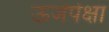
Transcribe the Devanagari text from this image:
ऊर्जेपेक्षा